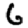
Digit: 6